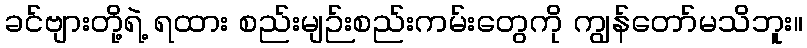
ခင်ဗျားတို့ရဲ့ ရထား စည်းမျဉ်းစည်းကမ်းတွေကို ကျွန်တော်မသိဘူး။